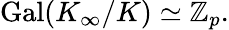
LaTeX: \operatorname{Gal}(K_{\infty}/K)\simeq\mathbb{Z}_{p}.